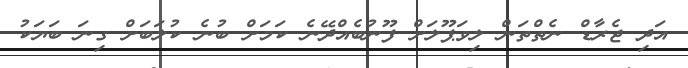
އަދި ޖެރާޑް ނެތްތަން ލިވަޕޫލަށް ފޫނުބެއްދޭނެ ކަމަށް ބުނެ ކުލަބަށް ގިނަ ބަޔަކު